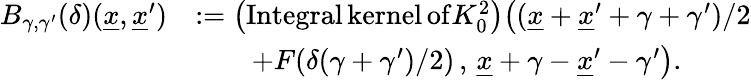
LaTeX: \begin{array}{rl}{B_{\gamma,\gamma^{\prime}}(\delta)(\underline{{x}},\underline{{x}}^{\prime})}&{:=\big(\mathrm{Integral\, kernel\, of}K_{0}^{2}\big)\big((\underline{{x}}+\underline{{x}}^{\prime}+\gamma+\gamma^{\prime})/2}\\ &{\qquad+F(\delta(\gamma+\gamma^{\prime})/2)\, ,\, \underline{{x}}+\gamma-\underline{{x}}^{\prime}-\gamma^{\prime}\big).}\end{array}